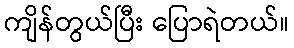
ကျိန်တွယ်ပြီး ပြောရဲတယ်။